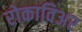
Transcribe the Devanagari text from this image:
रोकाविअर